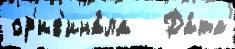
ор'иг'ина́ла   Да́та